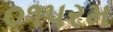
૦૧પરમ